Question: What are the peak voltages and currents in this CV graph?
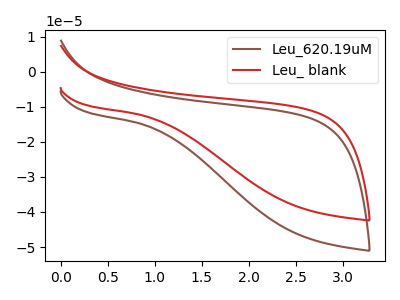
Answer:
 <answer>The brown curve "Leu_620.19uM" has no peaks. The red curve "Leu_ blank" has no peaks.</answer>
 <eval></eval>